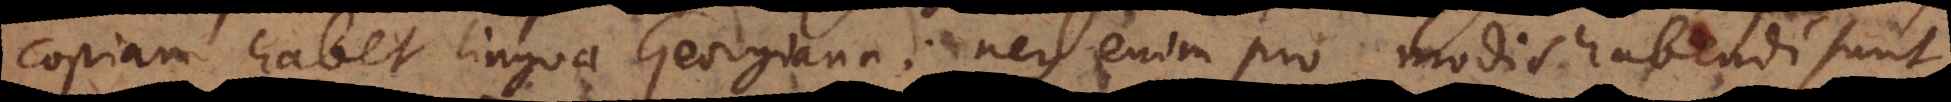
copiam habet lingua Georgiana: neque enim pro modis habendi sunt,